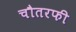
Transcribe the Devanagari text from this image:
चौतरफी